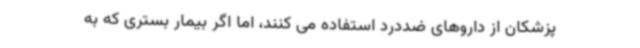
پزشکان از داروهای ضددرد استفاده می کنند، اما اگر بیمار بستری که به